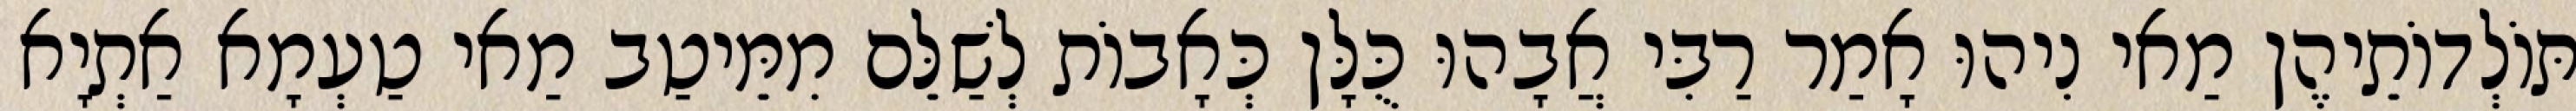
תּוֹלְדוֹתֵיהֶן מַאי נִיהוּ אָמַר רַבִּי אֲבָהוּ כֻּלָּן כְּאָבוֹת לְשַׁלֵּם מִמֵּיטַב מַאי טַעְמָא אַתְיָא